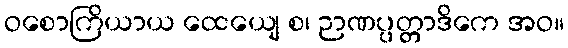
ဝစောကြိယာယ ထေယျေ စ၊ ဉာဏပ္ပတ္တာဒိကေ အဝ။